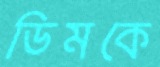
ডিমকে